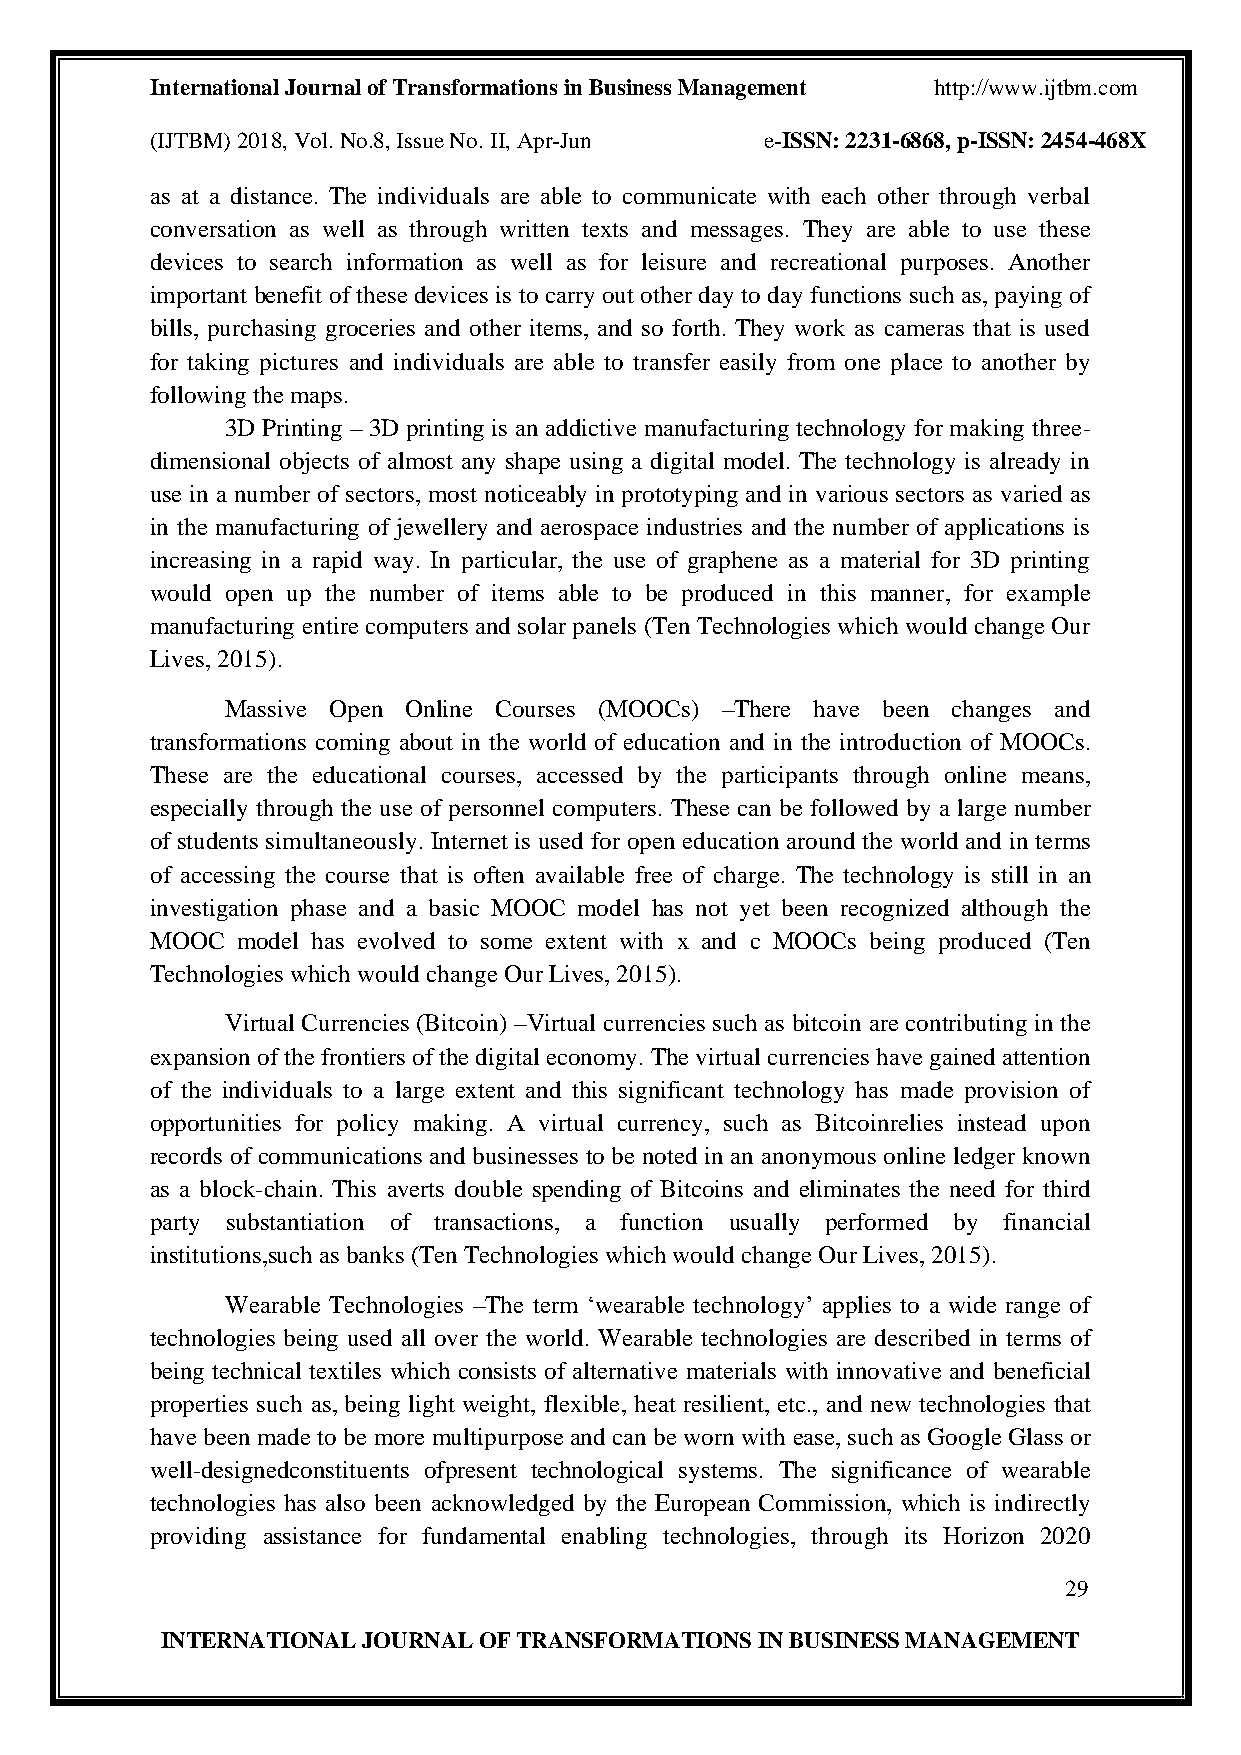
International Journal of Transformations in Business Management http://www.ijtbm.com
 (IJTBM) 2018, Vol. No.8, Issue No. II, Apr-Jun e-ISSN: 2231-6868, p-ISSN: 2454-468X
 as at a distance. The individuals are able to communicate with each other through verbal
 conversation as well as through written texts and messages. They are able to use these
 devices to search information as well as for leisure and recreational purposes. Another
 important benefit of these devices is to carry out other day to day functions such as, paying of
 bills, purchasing groceries and other items, and so forth. They work as cameras that is used
 for taking pictures and individuals are able to transfer easily from one place to another by
 following the maps.
 3D Printing – 3D printing is an addictive manufacturing technology for making three-
 dimensional objects of almost any shape using a digital model. The technology is already in
 use in a number of sectors, most noticeably in prototyping and in various sectors as varied as
 in the manufacturing of jewellery and aerospace industries and the number of applications is
 increasing in a rapid way. In particular, the use of graphene as a material for 3D printing
 would open up the number of items able to be produced in this manner, for example
 manufacturing entire computers and solar panels (Ten Technologies which would change Our
 Lives, 2015).
 Massive Open Online Courses (MOOCs) –There have been changes and
 transformations coming about in the world of education and in the introduction of MOOCs.
 These are the educational courses, accessed by the participants through online means,
 especially through the use of personnel computers. These can be followed by a large number
 of students simultaneously. Internet is used for open education around the world and in terms
 of accessing the course that is often available free of charge. The technology is still in an
 investigation phase and a basic MOOC model has not yet been recognized although the
 MOOC  model has evolved to some extent with x and c MOOCs being produced (Ten
 Technologies which would change Our Lives, 2015).
 Virtual Currencies (Bitcoin) –Virtual currencies such as bitcoin are contributing in the
 expansion of the frontiers of the digital economy. The virtual currencies have gained attention
 of the individuals to a large extent and this significant technology has made provision of
 opportunities for policy making. A virtual currency, such as Bitcoinrelies instead upon
 records of communications and businesses to be noted in an anonymous online ledger known
 as a block-chain. This averts double spending of Bitcoins and eliminates the need for third
 party substantiation of transactions, a function usually performed by financial
 institutions,such as banks (Ten Technologies which would change Our Lives, 2015).
 Wearable Technologies –The term ‘wearable technology’ applies to a wide range of
 technologies being used all over the world. Wearable technologies are described in terms of
 being technical textiles which consists of alternative materials with innovative and beneficial
 properties such as, being light weight, flexible, heat resilient, etc., and new technologies that
 have been made to be more multipurpose and can be worn with ease, such as Google Glass or
 well-designedconstituents ofpresent technological systems. The significance of wearable
 technologies has also been acknowledged by the European Commission, which is indirectly
 providing assistance for fundamental enabling technologies, through its Horizon 2020
 29
 INTERNATIONAL JOURNAL OF TRANSFORMATIONS IN BUSINESS MANAGEMENT